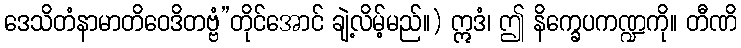
ဒေသိတံနာမာတိဝေဒိတဗ္ဗံ”တိုင်အောင် ချဲ့လိမ့်မည်။) ဣဒံ၊ ဤ နိက္ခေပကဏ္ဍကို။ တီဏိ